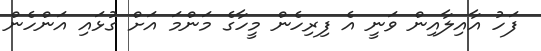
ފަހު އާއިލާއިން ވަނީ އެ ފިރިހެން މީހާގެ މަންމަ އަށް ގުޅައި އަންހެން